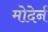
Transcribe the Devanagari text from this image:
मोदेर्न